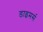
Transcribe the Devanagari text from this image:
डाइमर्स